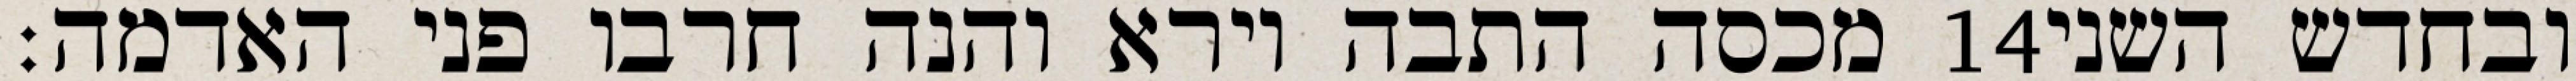
מכסה התבה וירא והנה חרבו פני האדמה׃ ‎14‏ ובחדש השני